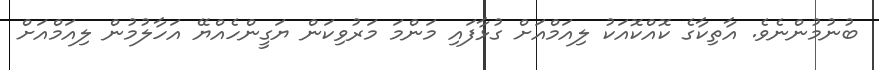
ބުނުމުންނެވެ. އާތިކާގެ ކޮއްކޮއަކު ލިއަމްއަށް ގުޅާފައި މަންމަ މަރުވިކަން ޔަގީންހެއްޔޭ އަހާލުމުން ލިއަމްއަށް